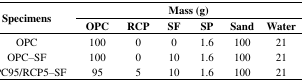
| <ROWSPAN=2> Specimens | <COLSPAN=6> Mass (g) |
 | OPC | RCP | SF | SP | Sand | Water |
 | --- | --- | --- | --- | --- | --- | --- |
 | OPC | 100 | 0 | 0 | 1.6 | 100 | 21 |
 | OPC–SF | 100 | 0 | 10 | 1.6 | 100 | 21 |
 | OPC95/RCP5–SF | 95 | 5 | 10 | 1.6 | 100 | 21 |